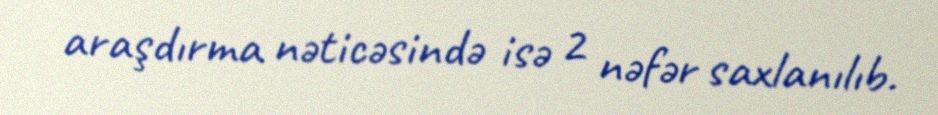
araşdırma nəticəsində isə 2 nəfər saxlanılıb.